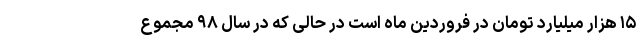
۱۵ هزار میلیارد تومان در فروردین ماه است در حالی که در سال ۹۸ مجموع